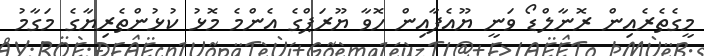
މީގެތެރެއިން ރޮނާލްޑޯ ވަނީ ޔޫއެފާއިން ހޮވާ ޔޫރަޕްގެ އެންމެ މޮޅު ކުޅުންތެރިޔާގެ މަގާމު